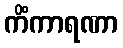
ကိံကာရဏာ